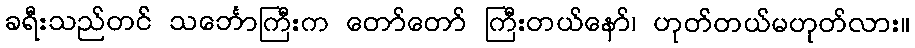
ခရီးသည်တင် သင်္ဘောကြီးက တော်တော် ကြီးတယ်နော်၊ ဟုတ်တယ်မဟုတ်လား။